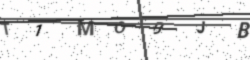
Text: T1MOBJB